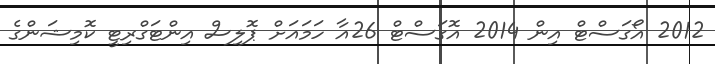
2012 އޯގަސްޓް އިން 2014 އޮގަސްޓް 26އާ ހަމައަށް ޕޮލިސް އިންޓަގްރިޓީ ކޮމިޝަންގެ